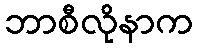
ဘာစီလိုနာက